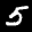
Label: 5